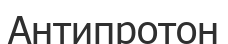
Антипротон